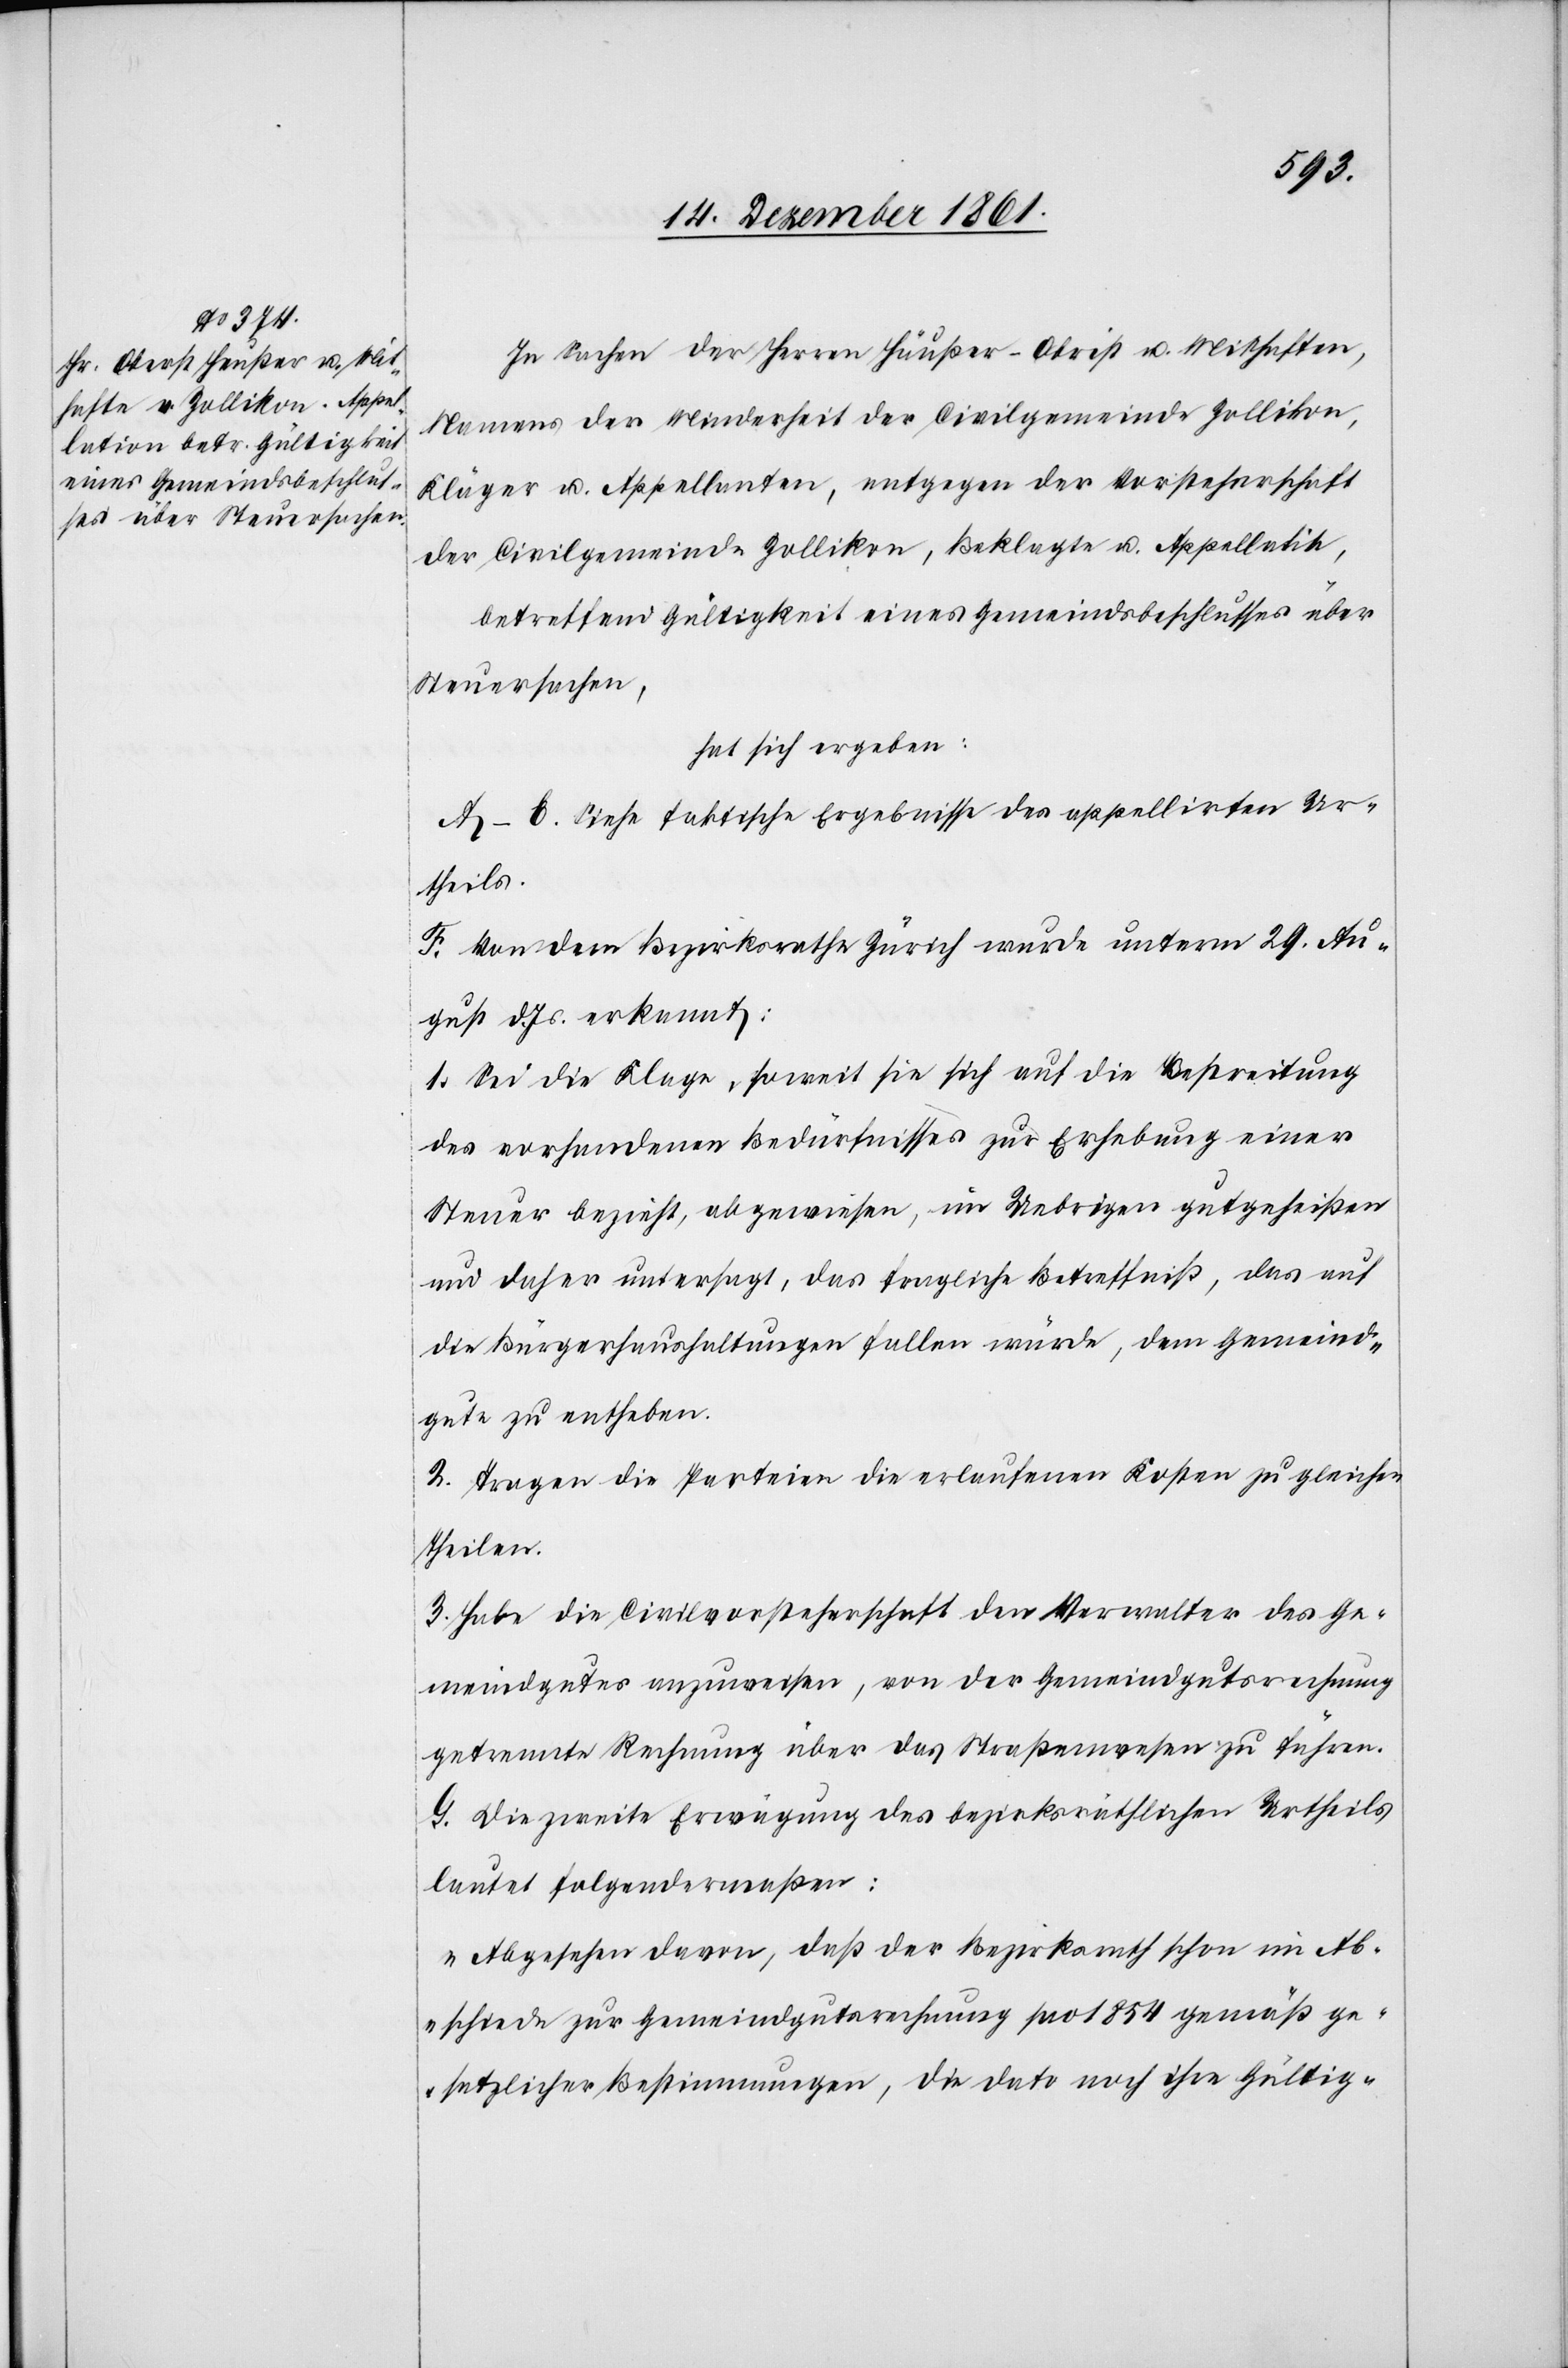
In Sachen des Herrn Häußer-Obrist [sic!] u. Mithaften,
Namens der Minderheit der Civilgemeinde Zollikon,
Kläger u. Appellanten, entgegen der Vorsteherschaft
der Civilgemeinde Zollikon, Beklagte u. Appellatin,
betreffend Gültigkeit eines Gemeindsbeschlusses über
Steuersachen,
hat sich ergeben:
A–E. Siehe faktische Ergebnisse des appellirten Ur¬
theils.
F. Von dem Bezirksrathe Zürich wurde unterm 29 Au¬
gust d. Js. erkannt:
1. Sei die Klage, soweit sie sich auf die Bestreitung
des vorhandenen Bedürfnisses zur Erhebung einer
Steuer bezieht, abgewiesen, im Uebrigen gutgeheißen
und daher untersagt, das fragliche Betreffniß, das auf
die Bürgerhaushaltungen fallen würde, dem Gemeind¬
gute zu entheben.
2. Tragen die Parteien die erlaufenen Kosten zu gleichen
Theilen.
3. Habe die Civilvorsteherschaft dem Verwalter des Ge¬
meindgutes anzuweisen, von der Gemeindgutsrechnung
getrennte Rechnung über das Straßenwesen zu führen.
G. Die zweite Erwägung des bezirksräthlichen Urtheils
lautet folgendermaßen:
„Abgesehen davon, daß der Bezirksrath schon im Ab¬
schiede zur Gemeindgutsrechnung pro 1854 gemäß ge¬
setzlicher Bestimmungen, die dato noch ihre Gültig-